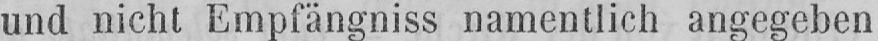
und nicht Empfängniss namentlich angegeben